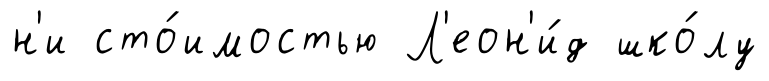
н'и сто́имостью Л'еон'и́д шко́лу